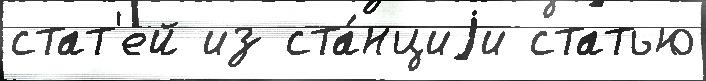
стат'ей из ста́нциjи статью